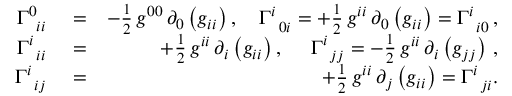
\begin{array} { r l r } { \Gamma _ { \, \, \, i i } ^ { 0 } } & { { } = } & { - \frac { 1 } { 2 } \, g ^ { 0 0 } \, \partial _ { 0 } \left( g _ { i i } \right) , \quad \Gamma _ { \, \, \, 0 i } ^ { i } = + \frac { 1 } { 2 } \, g ^ { i i } \, \partial _ { 0 } \left( g _ { i i } \right) = \Gamma _ { \, \, \, i 0 } ^ { i } \, , } \\ { \Gamma _ { \, \, \, i i } ^ { i } } & { { } = } & { + \frac { 1 } { 2 } \, g ^ { i i } \, \partial _ { i } \left( g _ { i i } \right) , ~ \quad \Gamma _ { \, \, \, j j } ^ { i } = - \frac { 1 } { 2 } \, g ^ { i i } \, \partial _ { i } \left( g _ { j j } \right) \, , } \\ { \Gamma _ { \, \, \, i j } ^ { i } } & { { } = } & { + \frac { 1 } { 2 } \, g ^ { i i } \, \partial _ { j } \left( g _ { i i } \right) = \Gamma _ { \, \, \, j i } ^ { i } . } \end{array}